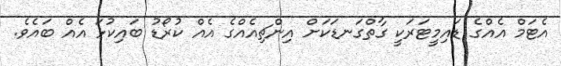
އެޓަމް އެއްގެ ޑައިމީޓަރަކީ ގާތްގަނޑަކަށް އިންޗިއެއްގެ އެއް ކުރޯޑު ބައިކުޅަ އެއް ބައެވެ.